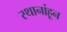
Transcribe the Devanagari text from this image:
स्थानांहून